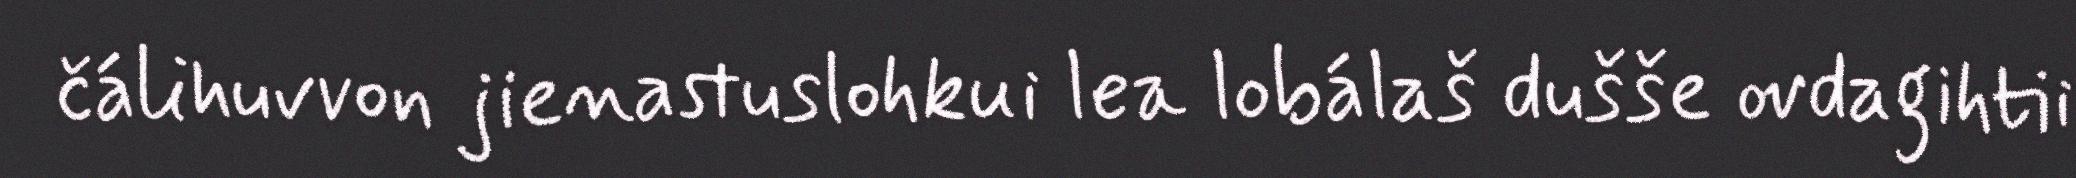
čálihuvvon jienastuslohkui lea lobálaš dušše ovdagihtii